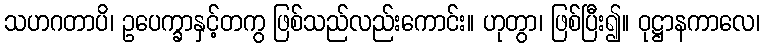
သဟဂတာပိ၊ ဥပေက္ခာနှင့်တကွ ဖြစ်သည်လည်းကောင်း။ ဟုတွာ၊ ဖြစ်ပြီး၍။ ဝုဋ္ဌာနကာလေ၊